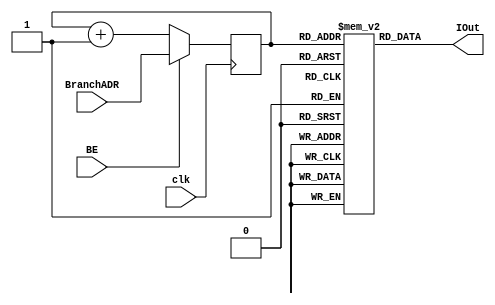
`timescale 1ns / 1ps

module IM(clk, BE, BranchADR, IOut);
    input clk, BE; //clk and branch enable
    input [3:0] BranchADR; //address to branch to when BE is 1
    output reg [15:0] IOut; //instruction to output
    
    reg [15:0] instruction[15:0]; //instruction memory locations
    reg [3:0] PC; //program counter
    
    integer i; //variable for for loop
    
    initial
    begin
        //initialize everything to zero first
        for(i = 0; i < 16; i = i + 1)
            instruction[i] = 0;
            
        //load all instructions
        instruction[1] = 16'b0001000100000101;  //addi $s0, $0, 5
        instruction[2] = 16'b0001001000000010;  //addi $s1, $0, 2
        instruction[3] = 16'b0001001100000001;  //addi $s2, $0, 1
        instruction[4] = 16'b0101000100110000;  //sw $s0 0($s2)
        instruction[5] = 16'b0101001000110001;  //sw $s1 4($s2)
        instruction[6] = 16'b0010010000010010;  //sub $s3 $s0 $s1
        instruction[7] = 16'b0011010100010010;  //and $s4 $s0 $s1
        instruction[8] = 16'b0110001101001100;  //bne $s0, $s3, Done 
        instruction[9] = 16'b0100000100110000;  //lw $s0 0($s2) 
        instruction[10] = 16'b0111000000001100;  //j Done
        instruction[12] = 16'b0100001000110100; //done: lw $s1 4($s2)
        instruction[15] = 16'b0111000000001111; //loop forever to hold values
    end
    
    //initialize PC to 0
    initial
        PC = 0;
    
    always @(PC)
        IOut = instruction[PC];
    
    always @(posedge clk)
        if (BE)
            PC = BranchADR;
        else
            PC = PC + 1;
    
endmodule